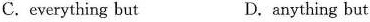
C. everything but D. anything but